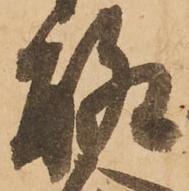
聊